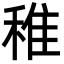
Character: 稚